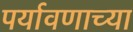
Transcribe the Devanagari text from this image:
पर्यावणाच्या